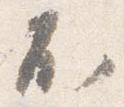
不